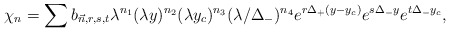
\begin{align*}~\chi_n = \sum b_{\vec{n}, r, s, t} \lambda^{n_1} (\lambda y)^{n_2} (\lambda y_c)^{n_3} (\lambda/\Delta_-)^{n_4} e^{r \Delta_+ (y - y_c)} e^{s \Delta_- y} e^{t \Delta_- y_c},\end{align*}